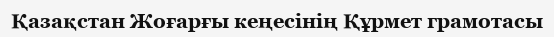
Қазақстан Жоғарғы кеңесінің Құрмет грамотасы